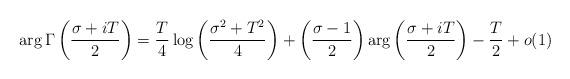
LaTeX: \begin{align*} \arg \Gamma\left(\frac{\sigma+iT}{2}\right)&= \frac{T}{4}\log \left(\frac{\sigma^2+T^2}{4}\right)+\left(\frac{\sigma-1}{2}\right)\arg\left(\frac{\sigma+iT}{2}\right)-\frac{T}{2}+o(1) \end{align*}